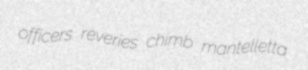
officers reveries chimb mantelletta